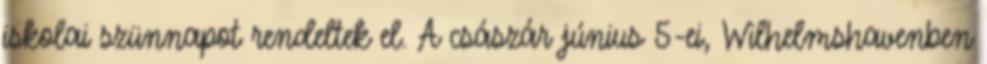
iskolai szünnapot rendeltek el. A császár június 5-ei, Wilhelmshavenben